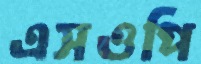
এসওপি